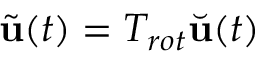
\tilde { \mathbf { u } } ( t ) = T _ { r o t } \Breve { \mathbf { u } } ( t )